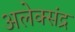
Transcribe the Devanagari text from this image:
अलेक्संद्र